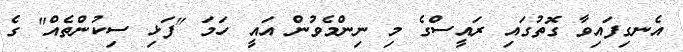
އެނގިފައިވާ ގޮތުގައި ރައީސްގެ މި ނިންމެވުން އައީ ހަމަ "ފަޅި ސިކުންތެއް" ގެ